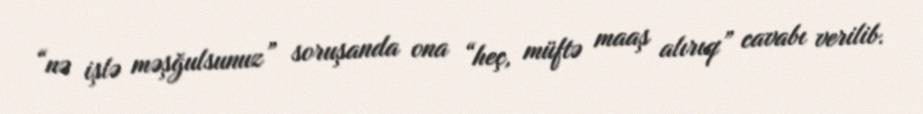
“nə işlə məşğulsunuz” soruşanda ona “heç, müftə maaş alırıq” cavabı verilib.